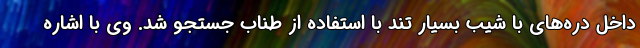
داخل دره‌های با شیب بسیار تند با استفاده از طناب جستجو شد. وی با اشاره